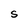
Character: S